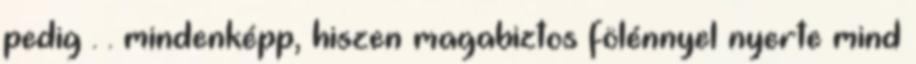
pedig . . mindenképp, hiszen magabiztos fölénnyel nyerte mind